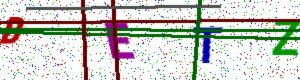
Text: BETZ